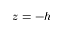
z = - h